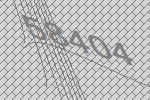
58404